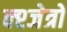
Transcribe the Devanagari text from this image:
क्श्जेत्रों